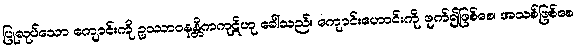
ပြုလုပ်သော ကျောင်းကို ဥဿာဝနန္တိကကုဋိဟု ခေါ်သည်။ ကျောင်းဟောင်းကို ဖျက်၍ဖြစ်စေ၊ အသစ်ဖြစ်စေ